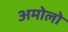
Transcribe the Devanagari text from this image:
अमोलो